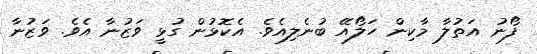
ފޯނު އަތުލާ މާކިން ހަލޯއޭ ބުނެލިއެވެ. އެކޮޅުން ގުޅީ ވަޒުނާ އެވެ. ވަޒުނާ